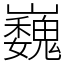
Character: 巍